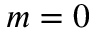
m = 0